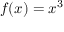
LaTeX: f ( x ) = x ^ { 3 }